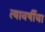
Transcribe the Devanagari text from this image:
त्यावर्षीचा